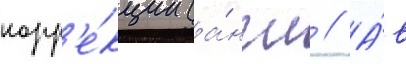
корр'е́кции (а́нгл // А́в